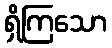
ရှိကြသော